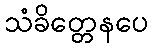
သံခိတ္တေနပေ